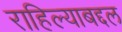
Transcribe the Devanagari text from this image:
राहिल्याबद्दल